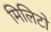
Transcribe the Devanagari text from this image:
मिलिटो